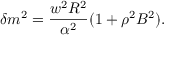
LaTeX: \delta m ^ { 2 } = \frac { w ^ { 2 } R ^ { 2 } } { \alpha ^ { 2 } } ( 1 + \rho ^ { 2 } B ^ { 2 } ) .